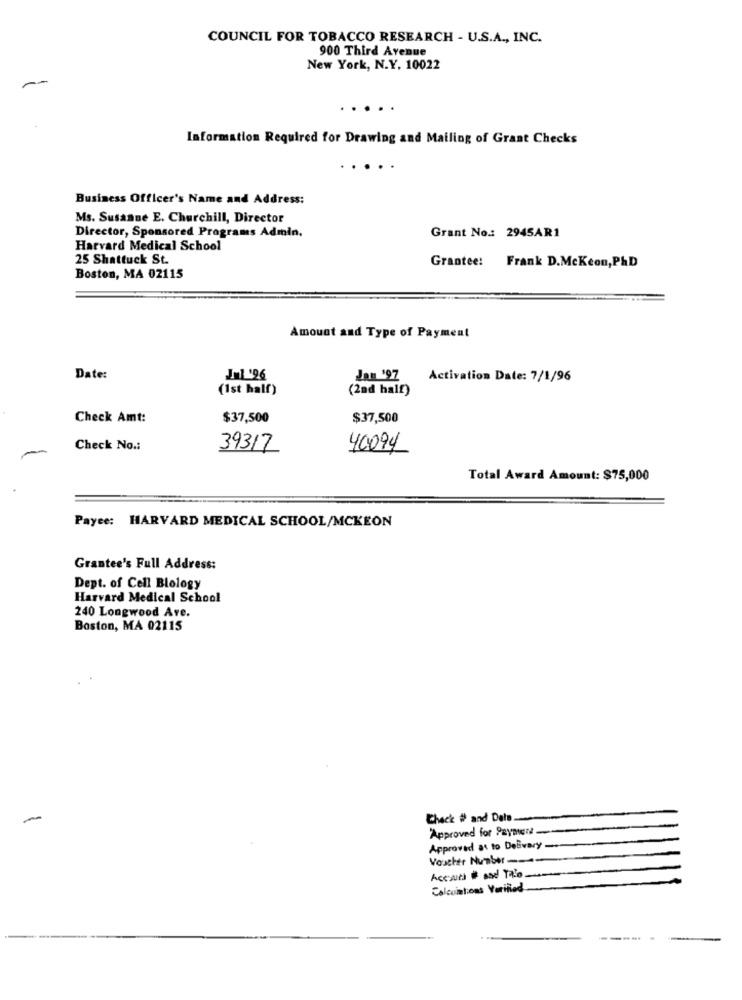
COUNCIL FOR TOBACCO RESEARCH - U.S.A ., INC.
900 Third Avenue
New York, N.Y. 10022
Information Required for Drawing and Mailing of Grant Checks
..
Business Officer's Name and Address:
Ms. Susanne E. Churchill, Director
Grant No .: 2945AR1
Director, Sponsored Programs Admin.
Harvard Medical School
25 Shattuck St.
Grantee: Frank D.McKcon,P&D
Boston, MA 02115
Amount and Type of Payment
Date:
Jul'96
Jan '97
Activation Date: 7/1/96
(1st half)
(2nd half)
Check Amt:
$37,500
$37,500
Check No .:
39317
40094
Total Award Amount: $75,000
Payee: HARVARD MEDICAL SCHOOL/MCKEON
Grantee's Full Address:
Dept. of Cell Biology
Harvard Medical School
240 Longwood Are.
Boston, MA 02115
Chec'k # and Date
Approved for Payment-
Approved at to Delivery -
Voucher Number -
Assauts # and Tale
Calcuintions Verified